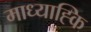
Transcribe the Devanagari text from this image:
माध्याह्कि